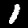
Digit: 1